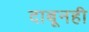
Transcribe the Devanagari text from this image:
दाबूनही